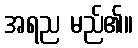
အရည မည်၏။